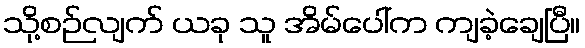
သို့စဉ်လျက် ယခု သူ အိမ်ပေါ်က ကျခဲ့ချေပြီ။